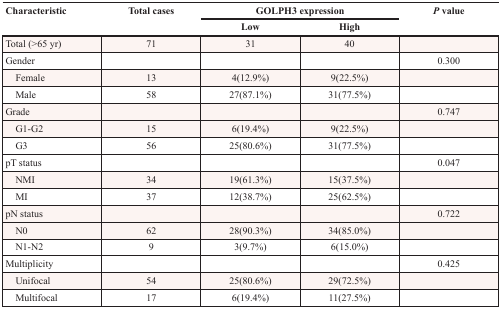
<table><thead><tr><td rowspan="2"><b>Characteristic</b></td><td rowspan="2"><b>Total cases</b></td><td colspan="2"><b>GOLPH3 expression</b></td><td rowspan="2"><b><i>P</i> value</b></td></tr><tr><td><b>Low</b></td><td><b>High</b></td></tr></thead><tbody><tr><td>Total (&gt;65 yr)</td><td>71</td><td>31</td><td>40</td><td></td></tr><tr><td>Gender</td><td></td><td></td><td></td><td>0.300</td></tr><tr><td> Female</td><td>13</td><td>4(12.9%)</td><td>9(22.5%)</td><td></td></tr><tr><td> Male</td><td>58</td><td>27(87.1%)</td><td>31(77.5%)</td><td></td></tr><tr><td>Grade</td><td></td><td></td><td></td><td>0.747</td></tr><tr><td> G1-G2</td><td>15</td><td>6(19.4%)</td><td>9(22.5%)</td><td></td></tr><tr><td> G3</td><td>56</td><td>25(80.6%)</td><td>31(77.5%)</td><td></td></tr><tr><td>pT status</td><td></td><td></td><td></td><td>0.047</td></tr><tr><td> NMI</td><td>34</td><td>19(61.3%)</td><td>15(37.5%)</td><td></td></tr><tr><td> MI</td><td>37</td><td>12(38.7%)</td><td>25(62.5%)</td><td></td></tr><tr><td>pN status</td><td></td><td></td><td></td><td>0.722</td></tr><tr><td> N0</td><td>62</td><td>28(90.3%)</td><td>34(85.0%)</td><td></td></tr><tr><td> N1-N2</td><td>9</td><td>3(9.7%)</td><td>6(15.0%)</td><td></td></tr><tr><td>Multiplicity</td><td></td><td></td><td></td><td>0.425</td></tr><tr><td> Unifocal</td><td>54</td><td>25(80.6%)</td><td>29(72.5%)</td><td></td></tr><tr><td> Multifocal</td><td>17</td><td>6(19.4%)</td><td>11(27.5%)</td><td></td></tr></tbody></table>